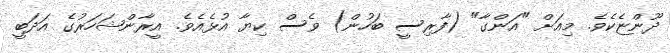
ދޫންޏެކެވެ. މިއަށް "އަންގާ" (ފާރިސީ ބަހުން) ވެސް ކިޔާ އުޅެއެވެ. އީރާންޝަހަރުގެ އަދަބީ